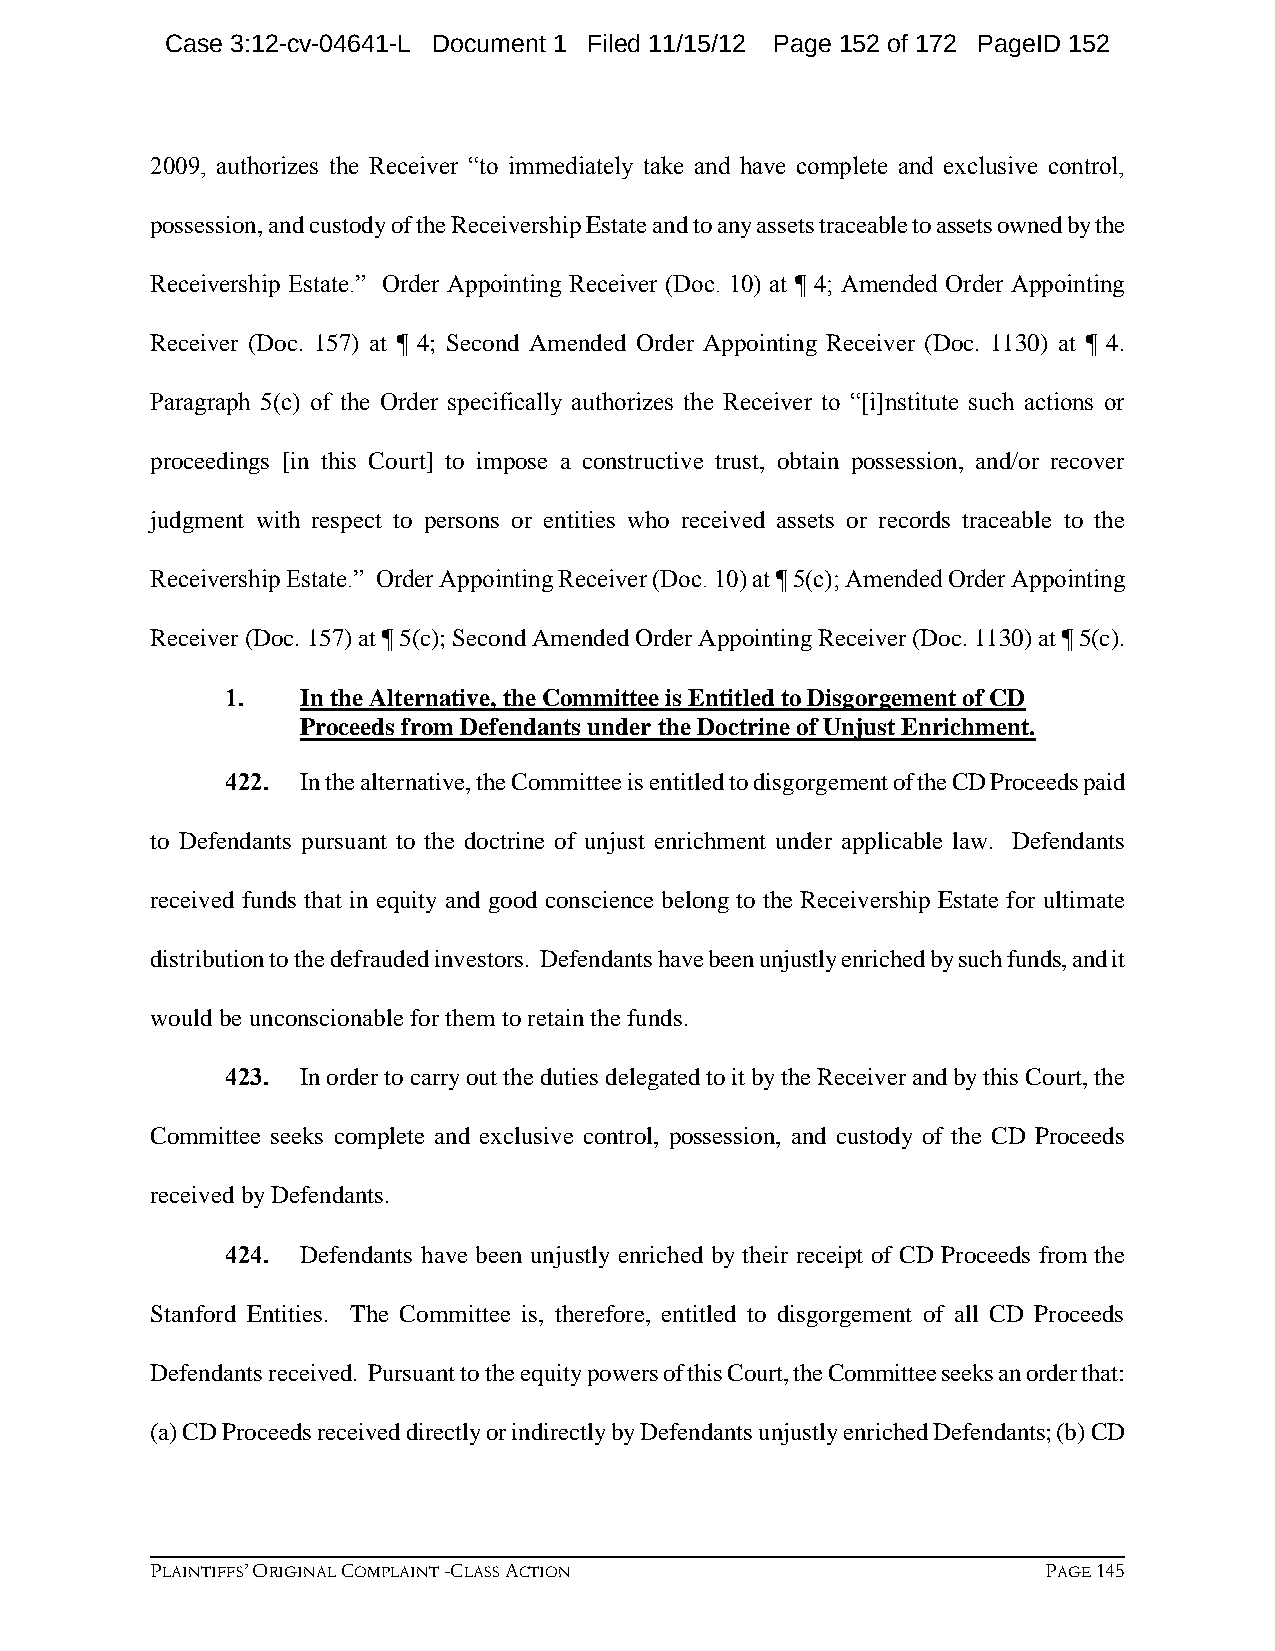
Case 3:12-cv-04641-L Document 1 Filed 11/15/12 Page 152 of 172 PageID 152
 2009, authorizes the Receiver “to immediately take and have complete and exclusive control,
 possession, and custody of the Receivership Estate and to any assets traceable to assets owned by the
 Receivership Estate.” Order Appointing Receiver (Doc. 10) at ¶ 4; Amended Order Appointing
 Receiver (Doc. 157) at ¶ 4; Second Amended Order Appointing Receiver (Doc. 1130) at ¶ 4.
 Paragraph 5(c) of the Order specifically authorizes the Receiver to “[i]nstitute such actions or
 proceedings [in this Court] to impose a constructive trust, obtain possession, and/or recover
 judgment with respect to persons or entities who received assets or records traceable to the
 Receivership Estate.” Order Appointing Receiver (Doc. 10) at ¶ 5(c); Amended Order Appointing
 Receiver (Doc. 157) at ¶ 5(c); Second Amended Order Appointing Receiver (Doc. 1130) at ¶ 5(c).
 1.   In the Alternative, the Committee is Entitled to Disgorgement of CD
 Proceeds from Defendants under the Doctrine of Unjust Enrichment.
 422. In the alternative, the Committee is entitled to disgorgement of the CD Proceeds paid
 to Defendants pursuant to the doctrine of unjust enrichment under applicable law. Defendants
 received funds that in equity and good conscience belong to the Receivership Estate for ultimate
 distribution to the defrauded investors. Defendants have been unjustly enriched by such funds, and it
 would be unconscionable for them to retain the funds.
 423. In order to carry out the duties delegated to it by the Receiver and by this Court, the
 Committee seeks complete and exclusive control, possession, and custody of the CD Proceeds
 received by Defendants.
 424. Defendants have been unjustly enriched by their receipt of CD Proceeds from the
 Stanford Entities. The Committee is, therefore, entitled to disgorgement of all CD Proceeds
 Defendants received. Pursuant to the equity powers of this Court, the Committee seeks an order that:
 (a) CD Proceeds received directly or indirectly by Defendants unjustly enriched Defendants; (b) CD
 PLAINTIFFS’ ORIGINAL COMPLAINT -CLASS ACTION               PAGE 145